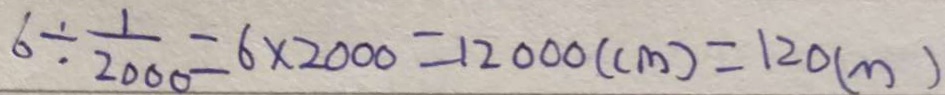
6 \div \frac { 1 } { 2 0 0 0 } = 6 \times 2 0 0 0 = 1 2 0 0 0 ( c m ) = 1 2 0 ( m )